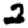
Digit: 2